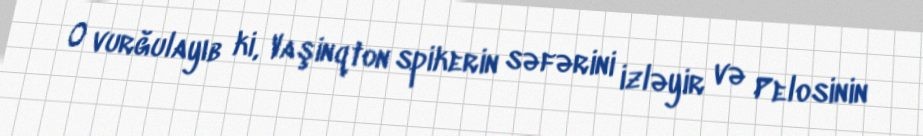
O vurğulayıb ki, Vaşinqton spikerin səfərini izləyir və Pelosinin